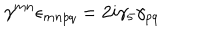
\gamma ^ { m n } \epsilon _ { m n p q } = 2 i \gamma _ { 5 } \gamma _ { p q }